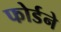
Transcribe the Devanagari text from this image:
फोर्डने